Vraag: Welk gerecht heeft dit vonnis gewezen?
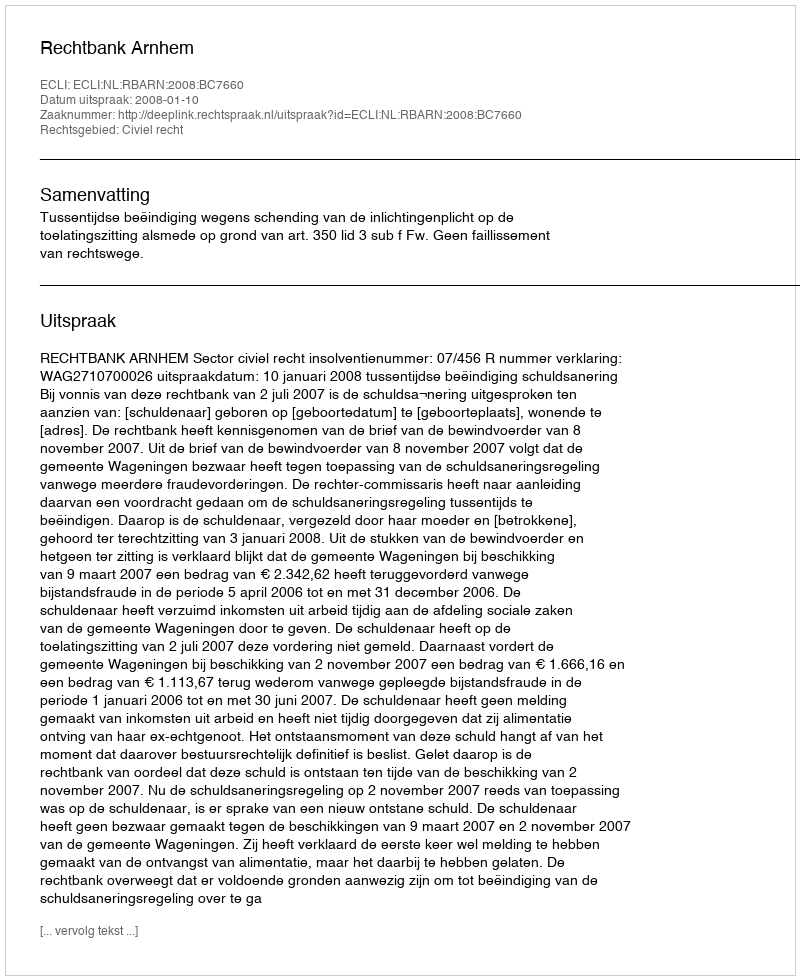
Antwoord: Rechtbank Arnhem